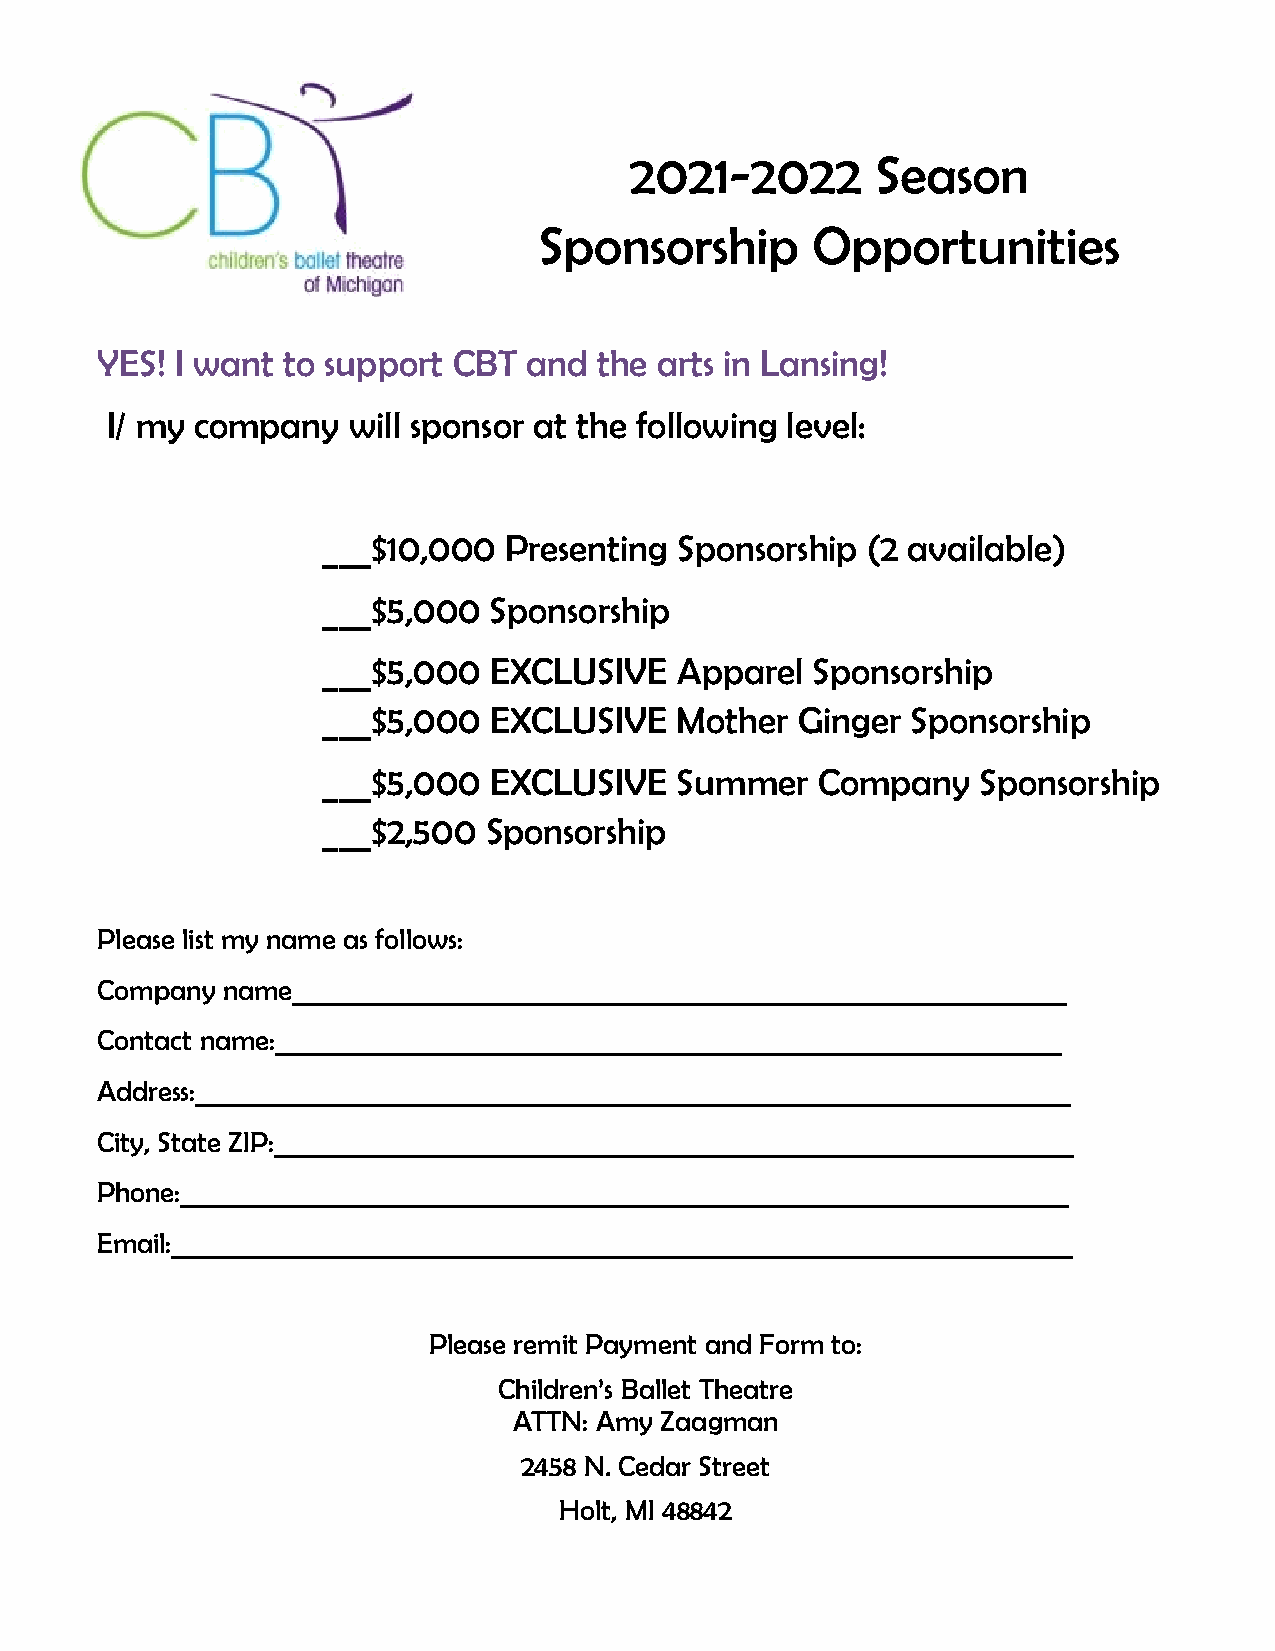
2021-2022       Season
 Sponsorship       Opportunities
 YES!  I want to support CBT  and  the arts in Lansing!
 I/ my company   will sponsor at the following level:
 ___$10,000  Presenting  Sponsorship (2 available)
 ___$5,000  Sponsorship
 ___$5,000  EXCLUSIVE    Apparel  Sponsorship
 ___$5,000  EXCLUSIVE    Mother  Ginger Sponsorship
 ___$5,000  EXCLUSIVE    Summer   Company    Sponsorship
 ___$2,500  Sponsorship
 Please list my name as follows:
 Company  name_____________________________________________________________
 Contact name:______________________________________________________________
 Address:_____________________________________________________________________
 City, State ZIP:_______________________________________________________________
 Phone:______________________________________________________________________
 Email:_______________________________________________________________________
 Please remit Payment and Form to:
 Children’s Ballet Theatre
 ATTN: Amy Zaagman
 2458 N. Cedar Street
 Holt, MI 48842